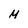
Character: M